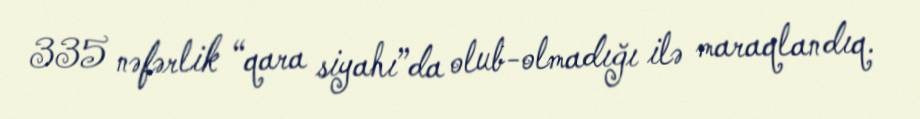
335 nəfərlik “qara siyahı”da olub-olmadığı ilə maraqlandıq.